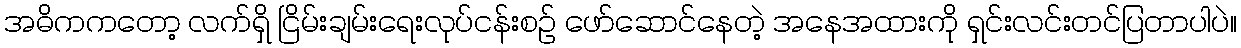
အဓိကကတော့ လက်ရှိ ငြိမ်းချမ်းရေးလုပ်ငန်းစဉ် ဖော်ဆောင်နေတဲ့ အနေအထားကို ရှင်းလင်းတင်ပြတာပါပဲ။